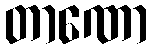
တာဏော